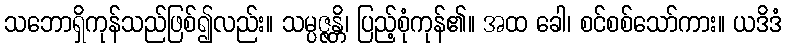
သဘောရှိကုန်သည်ဖြစ်၍လည်း။ သမ္ပဇ္ဇန္တိ၊ ပြည့်စုံကုန်၏။ အထ ခေါ၊ စင်စစ်သော်ကား။ ယဒိဒံ